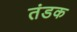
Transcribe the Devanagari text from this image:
तंडक